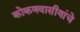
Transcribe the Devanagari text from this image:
कोकणवासीयांचे